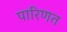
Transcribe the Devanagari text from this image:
पारिणत